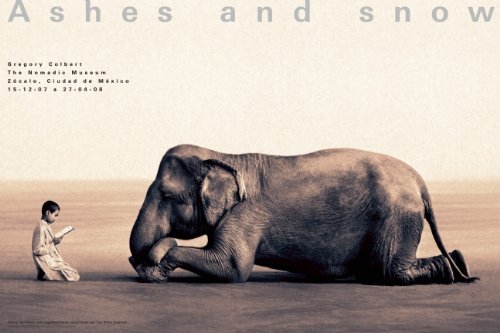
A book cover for Boy reading to elephant Mexico City exhibition (standard poster) (Ashes and Snow Posters); Crafts, Hobbies & Home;